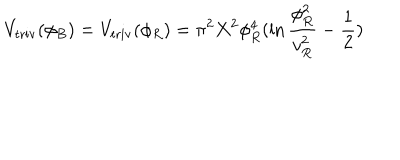
V _ { \mathrm { t r i v } } ( \phi _ { B } ) = V _ { \mathrm { t r i v } } ( \phi _ { R } ) = \pi ^ { 2 } X ^ { 2 } \phi _ { R } ^ { 4 } ( \ln { \frac { \phi _ { R } ^ { 2 } } { v _ { R } ^ { 2 } } } - { \frac { 1 } { 2 } } )